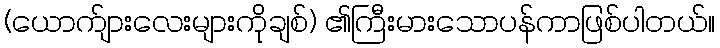
(ယောက်ျားလေးများကိုချစ်) ၏ကြီးမားသောပန်ကာဖြစ်ပါတယ်။